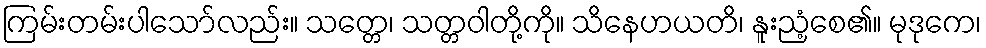
ကြမ်းတမ်းပါသော်လည်း။ သတ္တေ၊ သတ္တဝါတို့ကို။ သိနေဟယတိ၊ နူးညံ့စေ၏။ မုဒုကေ၊